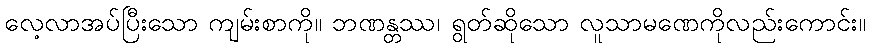
လေ့လာအပ်ပြီးသော ကျမ်းစာကို။ ဘဏန္တဿ၊ ရွတ်ဆိုသော လူသာမဏေကိုလည်းကောင်း။